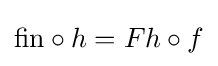
\mathrm {fin} \circ h=Fh\circ f